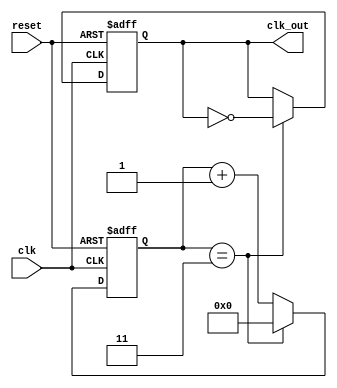
module fractional_clock_divider (
    input clk,
    input reset,
    output reg clk_out
);

parameter N = 4; // Fractional division factor
reg [N-1:0] count;

always @(posedge clk or posedge reset)
begin
    if (reset)
        count <= 0;
    else begin
        if (count == N-1)
            count <= 0;
        else
            count <= count + 1;
    end
end

always @(posedge clk or posedge reset)
begin
    if (reset)
        clk_out <= 1'b0;
    else begin
        if (count == N-1)
            clk_out <= ~clk_out;
    end
end

endmodule